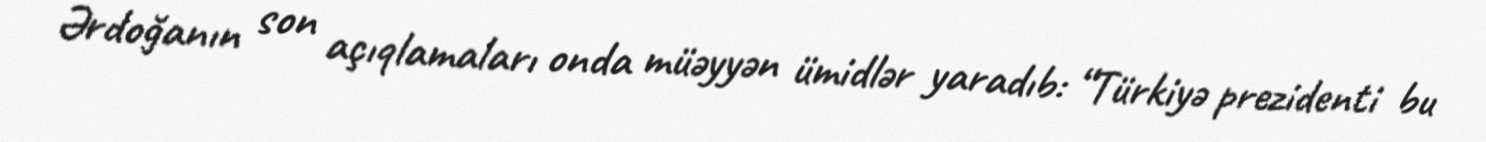
Ərdoğanın son açıqlamaları onda müəyyən ümidlər yaradıb: “Türkiyə prezidenti bu